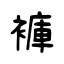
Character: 褲